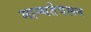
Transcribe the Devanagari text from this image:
मान्यतेवरून